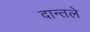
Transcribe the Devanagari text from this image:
दान्तले